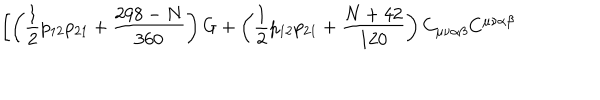
LaTeX: \left[ \left( \frac { 1 } { 2 } p _ { 1 2 } p _ { 2 1 } + \frac { 2 9 8 - N } { 3 6 0 } \right) G + \left( \frac { 1 } { 2 } p _ { 1 2 } p _ { 2 1 } + \frac { N + 4 2 } { 1 2 0 } \right) C _ { \mu \nu \alpha \beta } C ^ { \mu \nu \alpha \beta } \right.